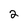
Character: 2